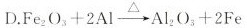
D.$$Fe_{2}O_{3}+2Al \xrightarrow[]{\triangle } Al_{2}O_{3}+2Fe$$